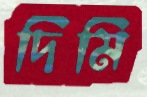
দিমি